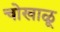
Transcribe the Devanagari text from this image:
चोखाळू